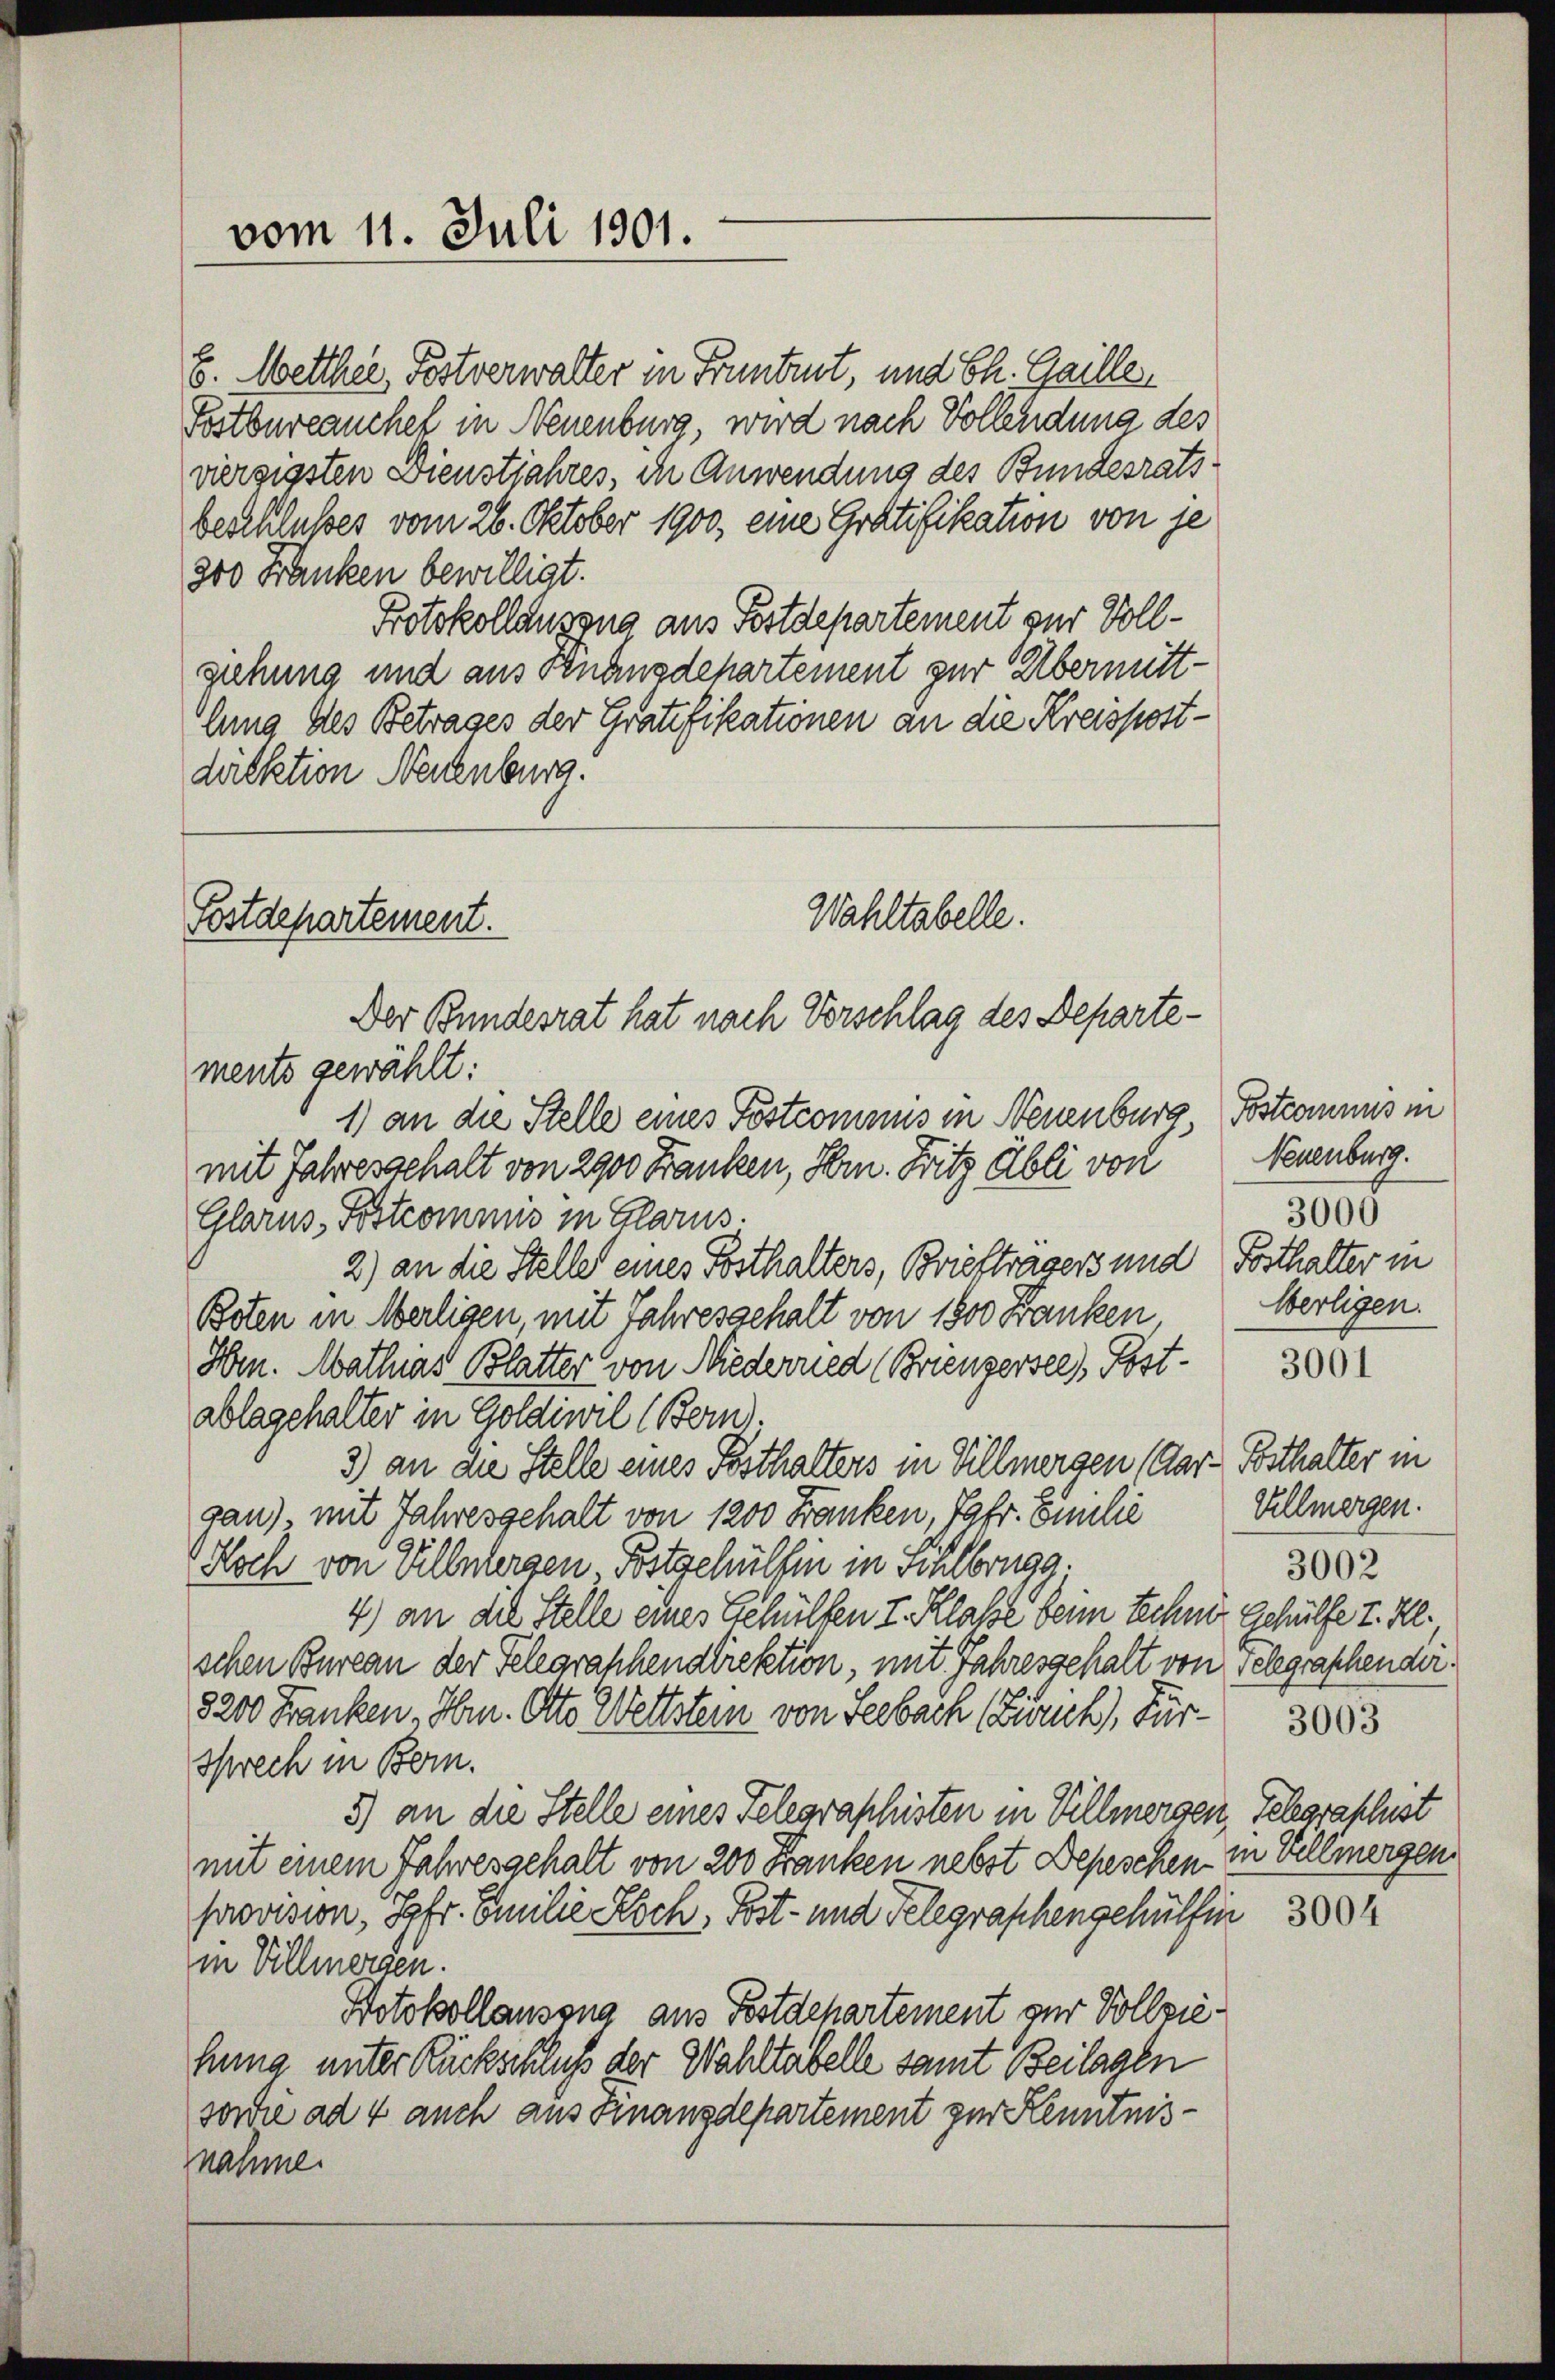
E. Metther, Postverwalter in Frentent, und Ch. Gaillen
Postbureauchet in Neuenburg, wird nach Vollendung des
vierzigsten Dienstjahres, in Anwendung des Bundesratsbeschlußes vom 26. Oktober 1900, eine Gratifikation von je
200 Franken bewilligt.
Protokollauszug aus Postdepartement zur Vollgehung und aus Knanzdepartement zur Übermittlung des Betrages der Gratifikationen an die Kreispostdirektion Neuenburg.

Wahltabelle.
Fostdepartement.
Der Bundesrat hat nach Vorschlag des Departements gewählt:

vom 11. Juli 1901.

1) an die Stelle eines Pöstcomnus in Neuenburg Postcommis in
mit Jahresgehalt von 2900 Franken, Hrn. Fritz Übli von
Glarus, Postcommis in Glarus.
2) an die Stelle eines Posthalters, Brieftragers und Posthalter in
Boten in Merligen, mit Jahresgehalt von 1800 Franken
Hrn. Mathias Blatter von Niederried (Briensersees, Post- 300
ablagehalter in Goldiwil (Bern).
3) an die Stelle eines Pesthalters in Villmergen (Aar= Bsthalter in
ganz mit Jahresgehalt von 1200 Franken, Jahr. Emilie Villmergen.
(Koch von Villnbergen Pitschulten in Schlbrug;
4) an die Stelle eines Gehülfen I. Klasse beim techner Gehülfe I. Kl.
schen Bureau der Telegraphendirektion, mit Jahresgehalt von Telegraschender.
8200 Franken, Hrn. Otto Wettstern von Seebach Zürich, Für 3003
Sprech in Bern.
5) an die Stelle eines Telegraphisten in Villmergen, Telegraphist
mit einem Jahresgehalt von 200 Franken nebst Depeschen - in Vellmergen
provision, Syfr. Emilie Koch, Post- und Telegraphengehülfen
in Villmergen.
Hotokollausung aus Botdepartement zur Vollziehung unter Rückschluß der Wahltabelle samt Beilagen
sowie ad 4 auch aus Finanzdepartement zur Kenntnisnahme.

Neuenburg.
3000
Oberligen.
3002

3004